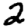
Digit: 2